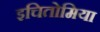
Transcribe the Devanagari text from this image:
इचितोमिया